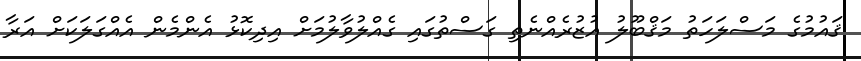
ޤައުމުގެ މަސްލަހަތު މަޤްބޫލު އުޒުރެއްނެތި ގަސްތުގައި ގެއްލުވާލުމަށް އިދިކޮޅު އެންމެން އެއްގަލަކަށް އަރާ